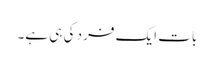
بات ایک فرد کی ہی ہے۔